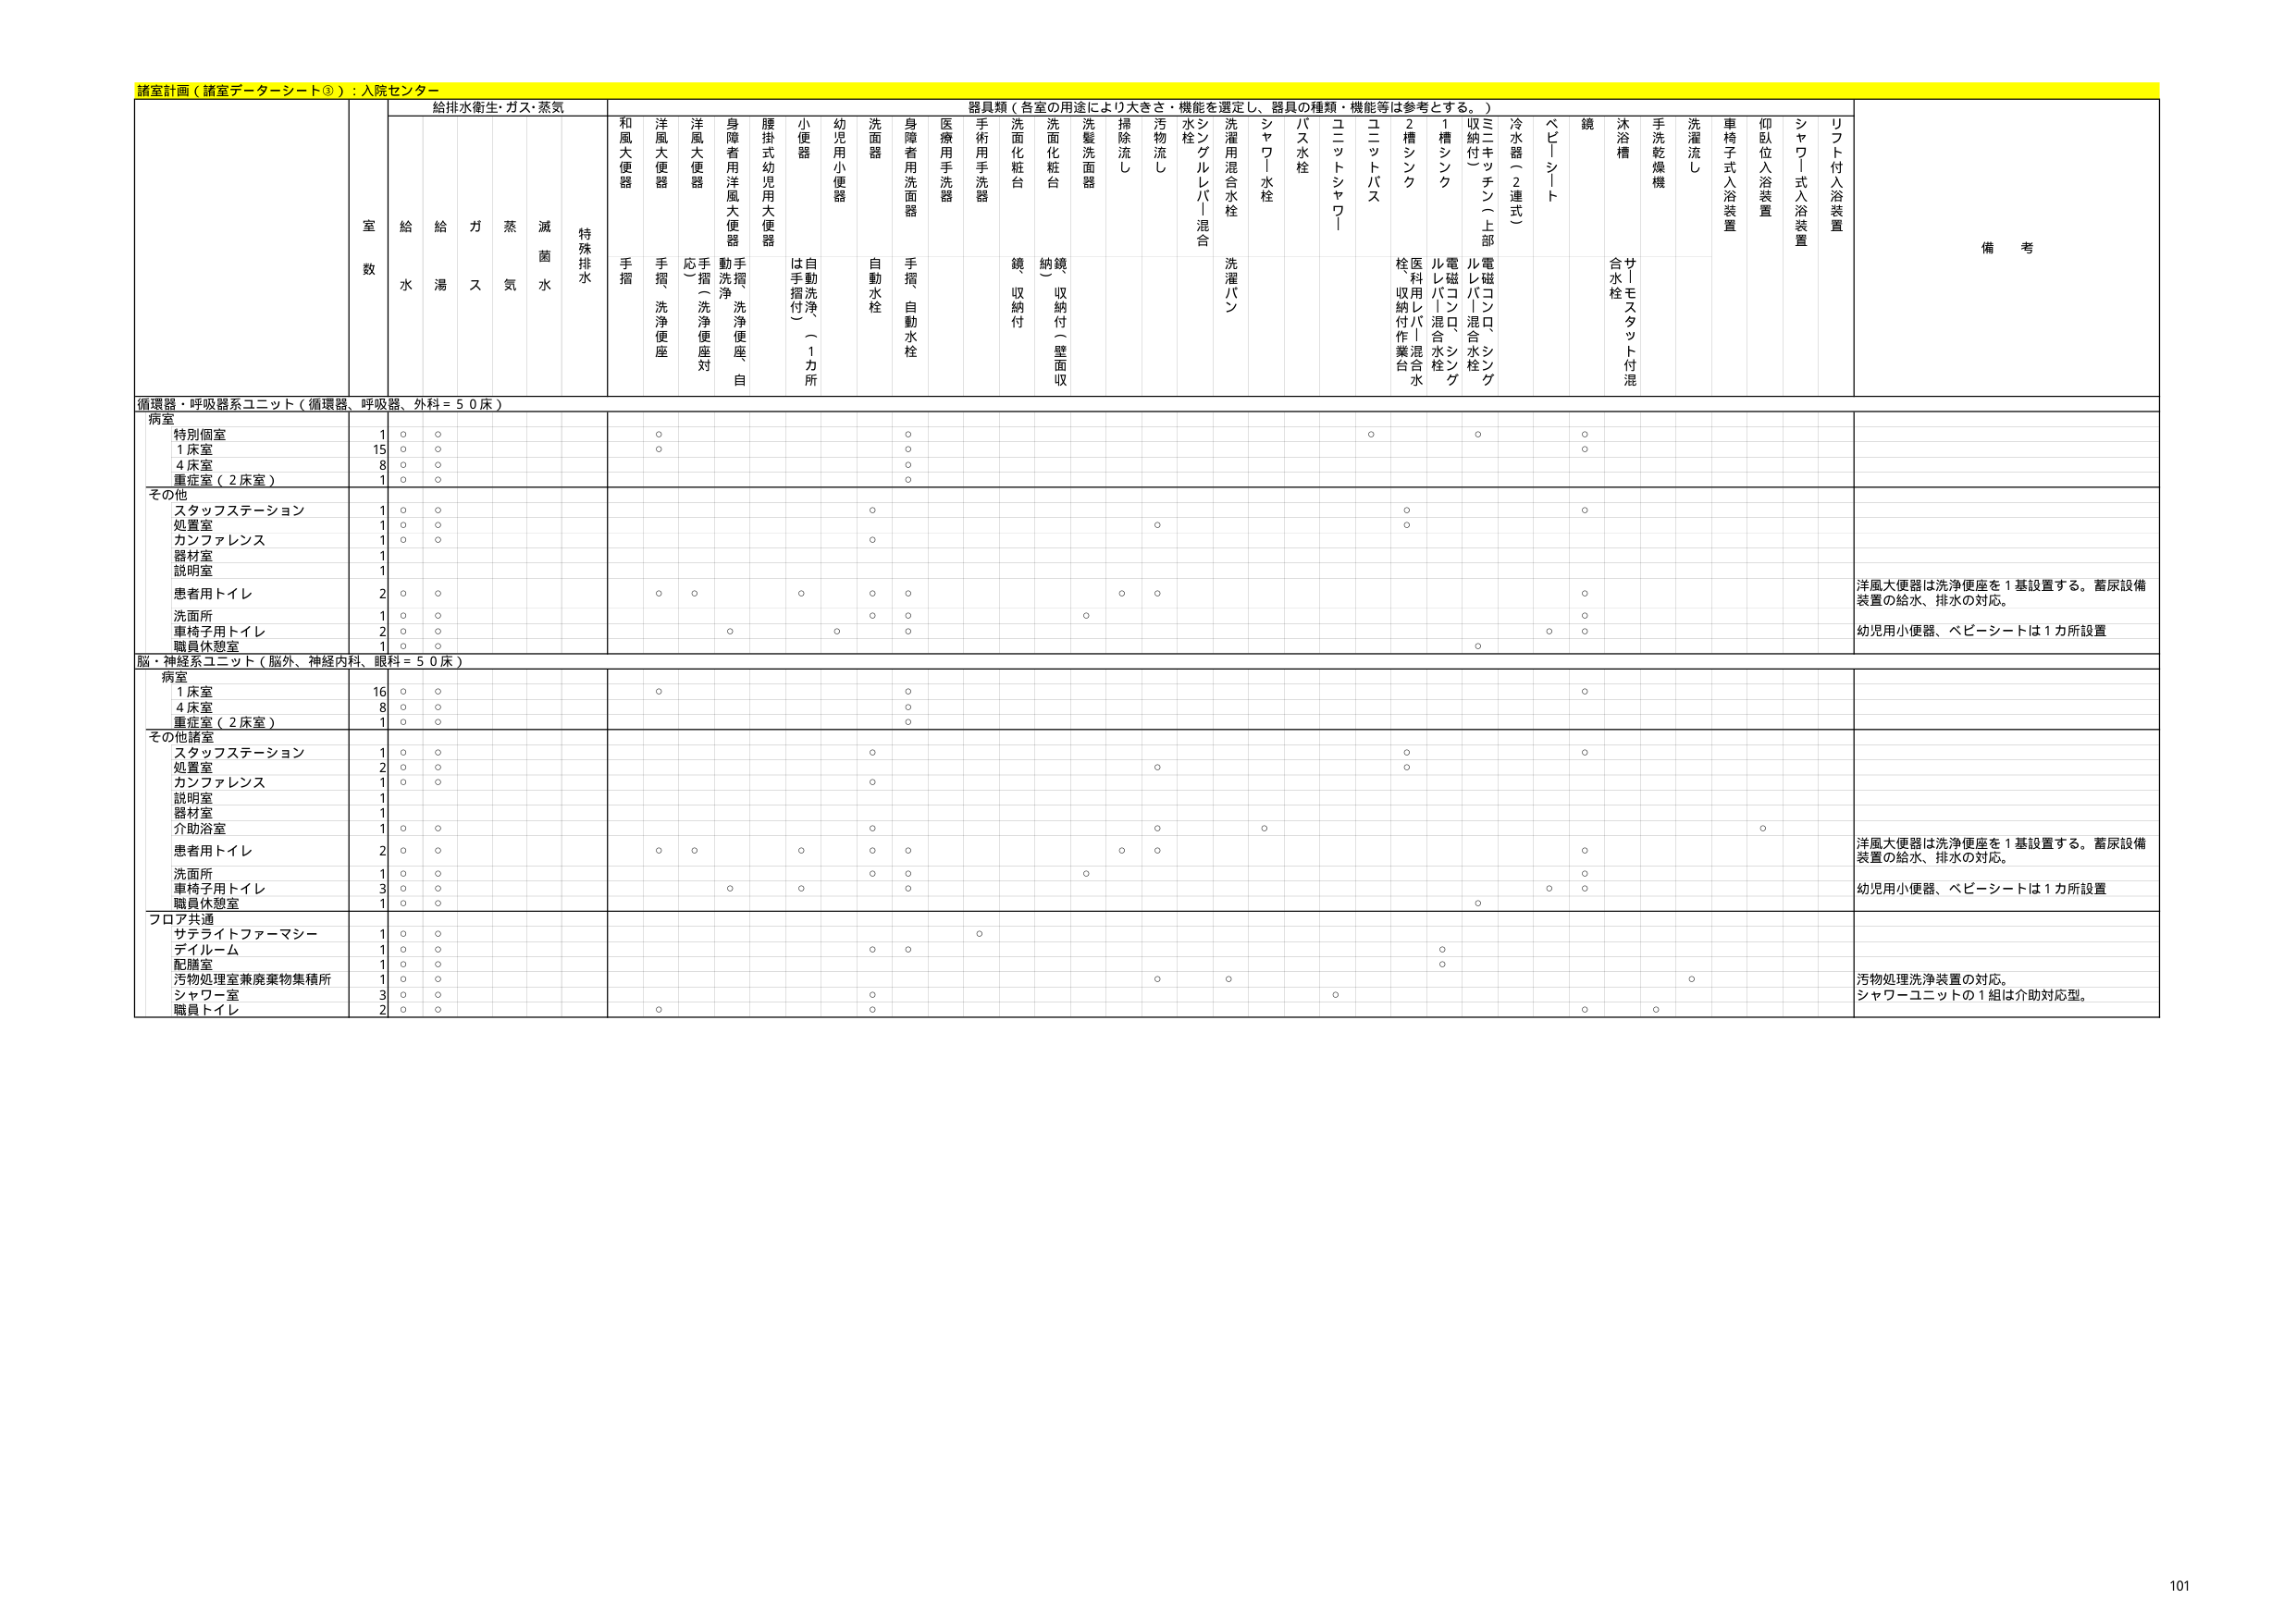
諸室計画（諸室データシート③）：入院センター

給排水衛生・ガス・蒸気
器具類（各室の用途により大きさ・機能を選定し、器具の種類・機能等は参考とする。）

室数
給水
給湯
ガス
蒸気
滅菌水
特殊排水

和風大便器
手摺

洋風大便器
手摺、洗浄便座

洋風大便器
応（洗浄便座対）

身障者用洋風大便器
動手摺、洗浄便座、自

腰掛式幼児用大便器
は手摺付（1カ所）

小便器
自動洗浄付

幼児用小便器

洗面器
自動水栓

身障者用洗面器
手摺、自動水栓

医療用手洗器

手術用手洗器

洗面化粧台
鏡、収納付

洗面化粧台
納鏡（収納付（壁面収）

洗髪洗面器

掃除流し

汚物流し

水栓
シングルレバー混合

洗濯用混合水栓
洗濯パン

シャワー水栓

バス水栓

ユニットシャワー

ユニットバス

2槽シンク
栓、医療用レバー混合水栓、収納付作業台

1槽シンク
ルレバーバス混合水栓

収納付（上部）
電磁コンロ、シンク

三口キッチン（上部）
電磁コンロ、シンク

冷水器（2連式）

ベビーシート

鏡

沐浴槽
サノモスタット付混合水栓

手洗乾燥機

洗濯流し

車椅子式入浴装置

仰臥位入浴装置

シャワー式入浴装置

リフト付入浴装置

備考

循環器・呼吸器系ユニット（循環器、呼吸器、外科＝50床）

病室
特別個室
1
○
○
○
○
○
○

1床室
15
○
○
○
○
○

4床室
8
○
○
○

重症室（2床室）
1
○
○
○

その他
スタッフステーション
1
○
○
○
○
○

処置室
1
○
○
○
○

カンファレンス
1
○
○
○

器材室
1

説明室
1

患者用トイレ
2
○
○
○
○
○
○
○
○
○
○

洗面所
1
○
○
○
○

車椅子用トイレ
2
○
○
○
○
○
○
○
○

職員休憩室
1
○
○
○

洋風大便器は洗浄便座を1基設置する。蓄尿設備装置の給水、排水の対応。
幼児用小便器、ベビーシートは1カ所設置

脳・神経系ユニット（脳外、神経内科、眼科＝50床）

病室
1床室
16
○
○
○
○

4床室
8
○
○
○

重症室（2床室）
1
○
○
○

その他諸室
スタッフステーション
1
○
○
○
○
○

処置室
2
○
○
○
○

カンファレンス
1
○
○
○

説明室
1

器材室
1

介助浴室
1
○
○
○
○
○
○

患者用トイレ
2
○
○
○
○
○
○
○
○
○
○

洗面所
1
○
○
○
○

車椅子用トイレ
3
○
○
○
○
○
○
○
○

職員休憩室
1
○
○
○

洋風大便器は洗浄便座を1基設置する。蓄尿設備装置の給水、排水の対応。
幼児用小便器、ベビーシートは1カ所設置

フロア共通
サテライトファーマシー
1
○
○
○

デイルーム
1
○
○
○
○

配膳室
1
○
○
○

汚物処理室兼廃棄物集積所
1
○
○
○
○

シャワー室
3
○
○
○
○

職員トイレ
2
○
○
○
○
○
○

汚物処理洗浄装置の対応。
シャワーユニットの1組は介助対応型。

101